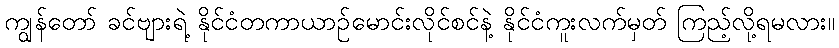
ကျွန်တော် ခင်ဗျားရဲ့ နိုင်ငံတကာယာဉ်မောင်းလိုင်စင်နဲ့ နိုင်ငံကူးလက်မှတ် ကြည့်လို့ရမလား။